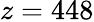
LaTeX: z=448